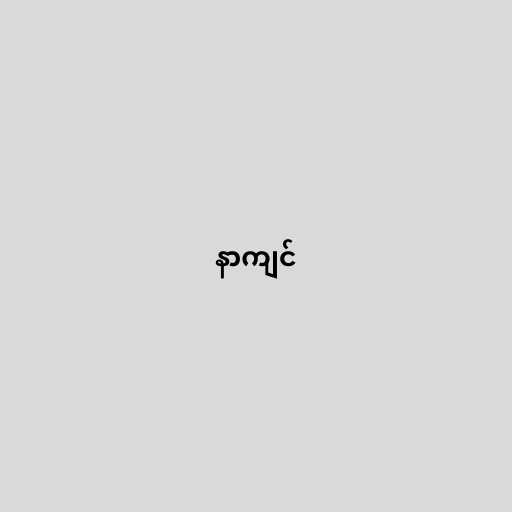
နာကျင်